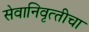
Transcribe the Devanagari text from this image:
सेवानिवृत्‍तीचा